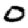
Digit: 0